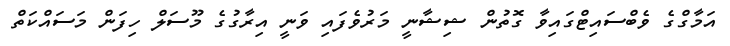
އަމާގްގެ ވެބްސައިޓްގައިވާ ގޮތުން ޝިޝާނީ މަރުވެފައި ވަނީ އިރާގުގެ މޫސަލް ހިފަން މަސައްކަތް